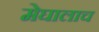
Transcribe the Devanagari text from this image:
मेघालाच